Report of an investigation of the epidemic of malarial fever in Assam, or, kala-azar
Disease focus: Malaria
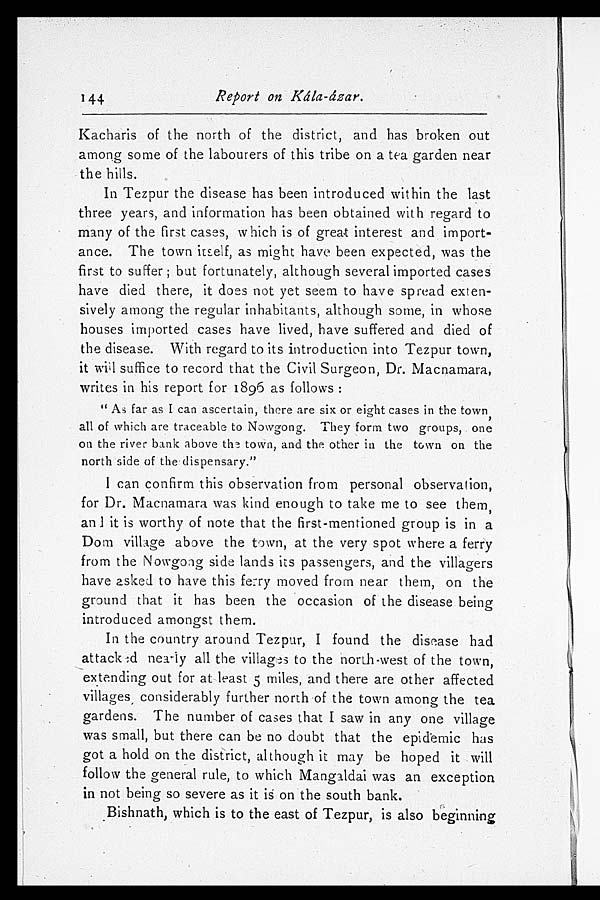
144
Report on kála-ázar.
Kacharis of the north of the district, and has broken out
among some of the labourers of this tribe on a tea garden near
the hills.
In Tezpur the disease has been introduced within the last
three years, and information has been obtained with regard to
many of the first cases, which is of great interest and import
- a n c e . T h e t o w n i t s e l f , a s m i g h t h a v e b e e n e x p e c t e d , w a s t h e
first to suffer; but fortunately, although several imported cases
have died there, it does not yet seem to have spread exten
-sively among the regular inhabitants, although some, in whose
houses imported cases have lived, have suffered and died of
the disease. With regard to its introduction into Tezpur town,
it will suffice to record that the Civil Surgeon, Dr. Macnamara,
writes in his report for 1896 as follows:
"As far as I can ascertain, there are six or eight cases in the town,
all of which are traceable to Nowgong. They form two groups, one
on the river bank above town, and the other in the town on the
north side of the dispensary."
I can confirm this observation from personal observation,
for Dr. Macnamara was kind enough to take me to see them,
an I it is worthy of note that the first-mentioned group is in a
Dom village above the town, at the very spot where a ferry
from the Nowgong side lands its passengers, and the villagers
have asked to have this ferry moved from near them, on the
ground that it has been the occasion of the disease being
introduced amongst them.
In the country around Tezpur, I found the disease had
attacked nearly all the villages to the north-west of the town,
extending out for at least 5 miles, and there are other affected
villages , considerably further north of the town among the tea
gardens. The number of cases that I saw in any one village
was small, but there can be no doubt that the epidemic has
got a hold on the district, although it may be hoped it will
follow the general rule, to which Mangaldai was an exception
in not being so severe as it is on the south bank.
Bishnath, which is to the east of Tezpur, is also beginning